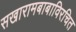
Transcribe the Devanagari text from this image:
सखारामबाबाविरचित